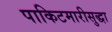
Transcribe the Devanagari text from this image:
पाकिटमारीसुद्धा